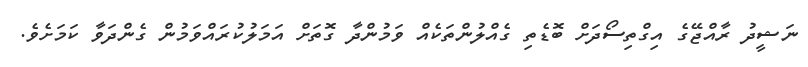
ނަޝީދު ރާއްޖޭގެ އިގްތިސޯދަށް ބޮޑެތި ގެއްލުންތަކެއް ވަމުންދާ ގޮތަށް އަމަލުކުރައްވަމުން ގެންދަވާ ކަމަށެވެ.